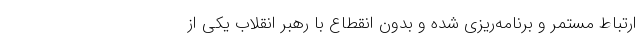
ارتباط مستمر و برنامه‌ریزی شده و بدون انقطاع با رهبر انقلاب یکی از